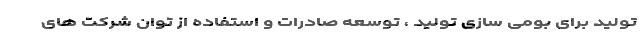
تولید برای بومی سازی تولید ، توسعه صادرات و استفاده از توان شرکت های